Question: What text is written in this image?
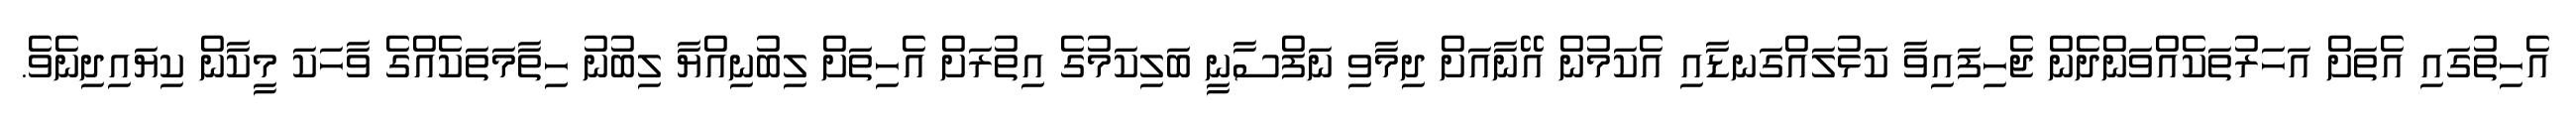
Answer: އެހިތުގައި އެތަށް އަހަރުތަކެއްވަންދެން ޖެހިފައިވާ ކަޅުލައްގަނޑާއި އެކަމުން އޭނާއަށް ދިމާވި ނަފްސާނީ ބަލިކަމުގެ އިތުރަށް އެހިތަށް ލިބުނިއްޔާ ލިބުނު ހިތާމަތަކެއްގެ ވާހަކަ މީކާން ކިޔައިދިނެވެ.